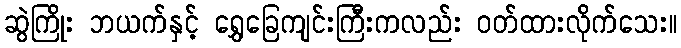
ဆွဲကြိုး ဘယက်နှင့် ရွှေခြေကျင်းကြီးကလည်း ဝတ်ထားလိုက်သေး။